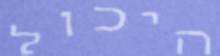
היכול